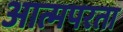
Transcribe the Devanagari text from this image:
आत्मपरता